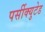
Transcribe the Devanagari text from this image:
पर्सीक्युटेड